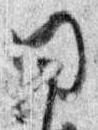
同